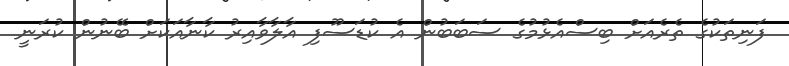
ފަނިތަކުގެ ތެރެއަށް ބިސްއެޅުމުގެ ސަބަބުން އެ ކުޑަސޫފި އާލާވާއިރު ކާނާއަކަށް ބޭނުން ކުރަނީ